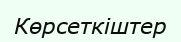
Көрсеткіштер